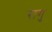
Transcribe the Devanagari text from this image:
रागु